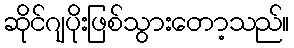
ဆိုင်ဂျပိုးဖြစ်သွားတော့သည်။